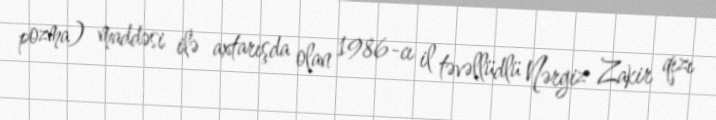
pozma) maddəsi ilə axtarışda olan 1986-cı il təvəllüdlü Nərgiz Zakir qızı